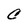
Character: C